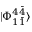
| \Phi _ { 1 \bar { 1 } } ^ { 4 \bar { 4 } } \rangle